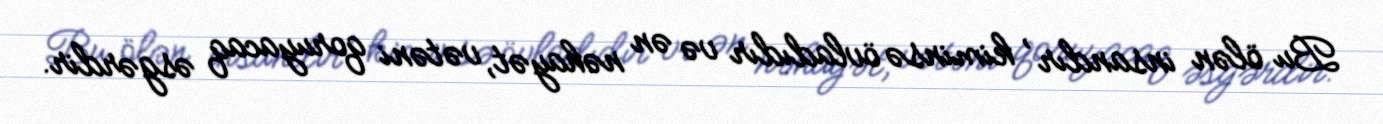
Bu ölən insandır , kiminsə övladıdır və ən nəhayət, vətəni qoruyacaq əsgərdir.